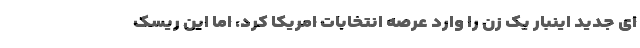
ای جدید اینبار یک زن را وارد عرصه انتخابات امریکا کرد، اما این ریسک